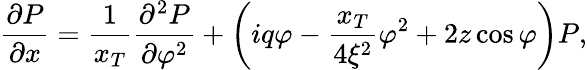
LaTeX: \frac{\partial P}{\partial x}=\frac{1}{x_{T}}\frac{\partial^{2}P}{\partial\varphi^{2}}+\left(iq\varphi-\frac{x_{T}}{4\xi^{2}}\varphi^{2}+2z\cos\varphi\right)P,